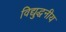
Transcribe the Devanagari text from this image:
विद्युद्धनीय